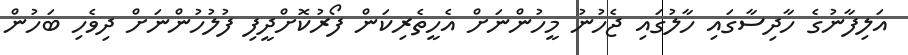
އަލިފާނުގެ ހާދިސާގައި ހާލުގައި ޖެހުނު މީހުންނަށް އެހީތެރިކަން ފޯރުކޮށްދީފި ފުލުހުންނަށް ދިވެހި ބަހުން